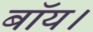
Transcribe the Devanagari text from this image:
बॉय।